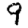
Digit: 9